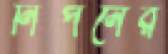
নির্পনের